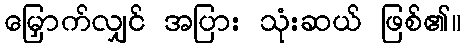
မြှောက်လျှင် အပြား သုံးဆယ် ဖြစ်၏။